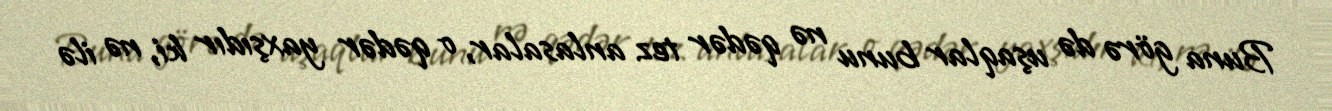
Buna görə də uşaqlar bunu nə qədər tez anlasalar, o qədər yaxşıdır ki, nə ilə